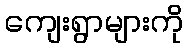
ကျေးရွာများကို